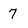
Character: 7